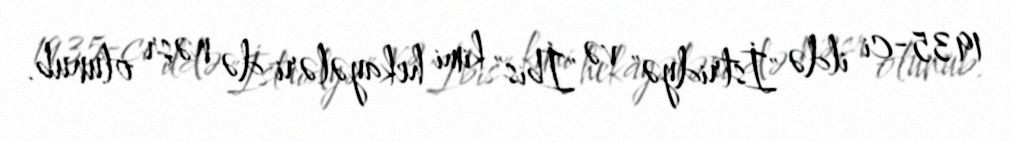
1935-ci ildə "İstridyə" və "İbis" kimi hekayələri də nəşr olunub.